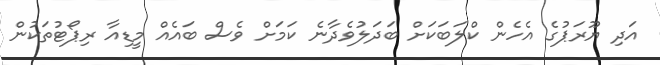
އަދި ޔޫރަޕުގެ އެހެން ކްލަބަކަށް ބަދަލުވެދާނެ ކަމަށް ވެސް ބައެއް މީޑިއާ ރިޕޯޓުތަކުން